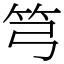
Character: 𥫤